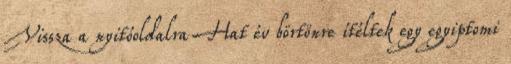
Vissza a nyitóoldalra Hat év börtönre ítéltek egy egyiptomi